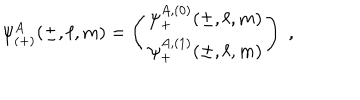
\psi _ { ( + ) } ^ { A } ( \pm , \ell , m ) = \left( \begin{array} { c } { { \psi _ { + } ^ { A , ( 0 ) } ( \pm , \ell , m ) } } \\ { { \psi _ { + } ^ { A , ( 1 ) } ( \pm , \ell , m ) } } \\ \end{array} \right) \; ,